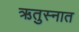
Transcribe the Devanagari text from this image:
ऋतुस्नात